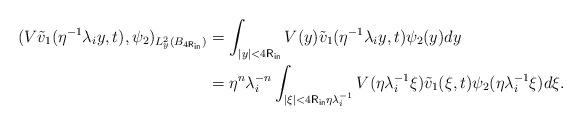
LaTeX: \begin{align*} ( V\tilde v_1(\eta^{-1}\lambda_iy,t), \psi_2 )_{L_y^2(B_{4{\sf R}_{\sf in}})} &= \int_{|y|<4{\sf R}_{\sf in}} V(y) \tilde v_1(\eta^{-1}\lambda_iy,t) \psi_2(y) dy \\ &= \eta^n\lambda_i^{-n} \int_{|\xi|<4{\sf R}_{\sf in}\eta\lambda_i^{-1}} V(\eta\lambda_i^{-1}\xi) \tilde v_1(\xi,t) \psi_2(\eta\lambda_i^{-1}\xi) d\xi. \end{align*}